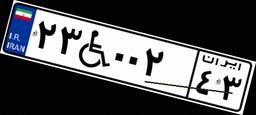
۶۳W۲۴۸۱۴